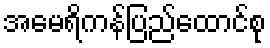
အမေရိကန်ပြည်ထောင်စု